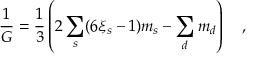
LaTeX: { \frac { 1 } { G } } = \frac 1 3 \left( 2 \sum _ { s } ( 6 \xi _ { s } - 1 ) m _ { s } - \sum _ { d } m _ { d } \right) ~ ~ ~ ,